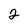
Character: 2